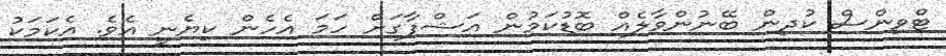
ޓްވިންސް ކުދިން ބޭނުންވާލެއް ބޮޑުކަމުން އަޝްފާގަށް ހަމަ އެހެން ކިޔެނީ އެވެ. އެކަމަކު